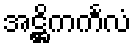
အဋ္ဌိကင်္ကလံ